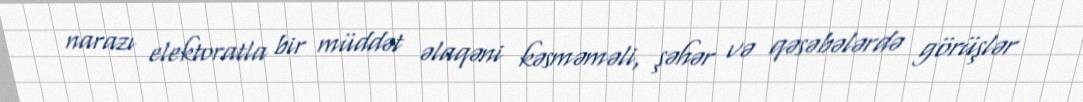
narazı elektoratla bir müddət əlaqəni kəsməməli, şəhər və qəsəbələrdə görüşlər